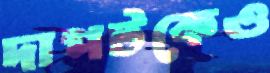
দাপটকেও